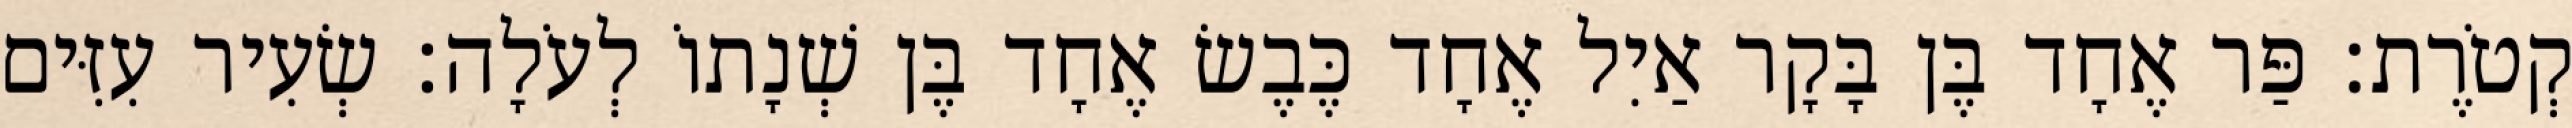
קְטֹרֶת׃ פַּר אֶחָד בֶּן בָּקָר אַיִל אֶחָד כֶּבֶשׂ אֶחָד בֶּן שְׁנָתוֹ לְעֹלָה׃ שְׂעִיר עִזִּים